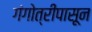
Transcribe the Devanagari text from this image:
गंगोत्रीपासून